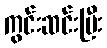
ကွင်းဆင်းပြီး